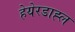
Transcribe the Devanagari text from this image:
हेयेरडाह्ल